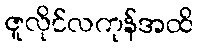
ဇူလိုင်လကုန်အထိ